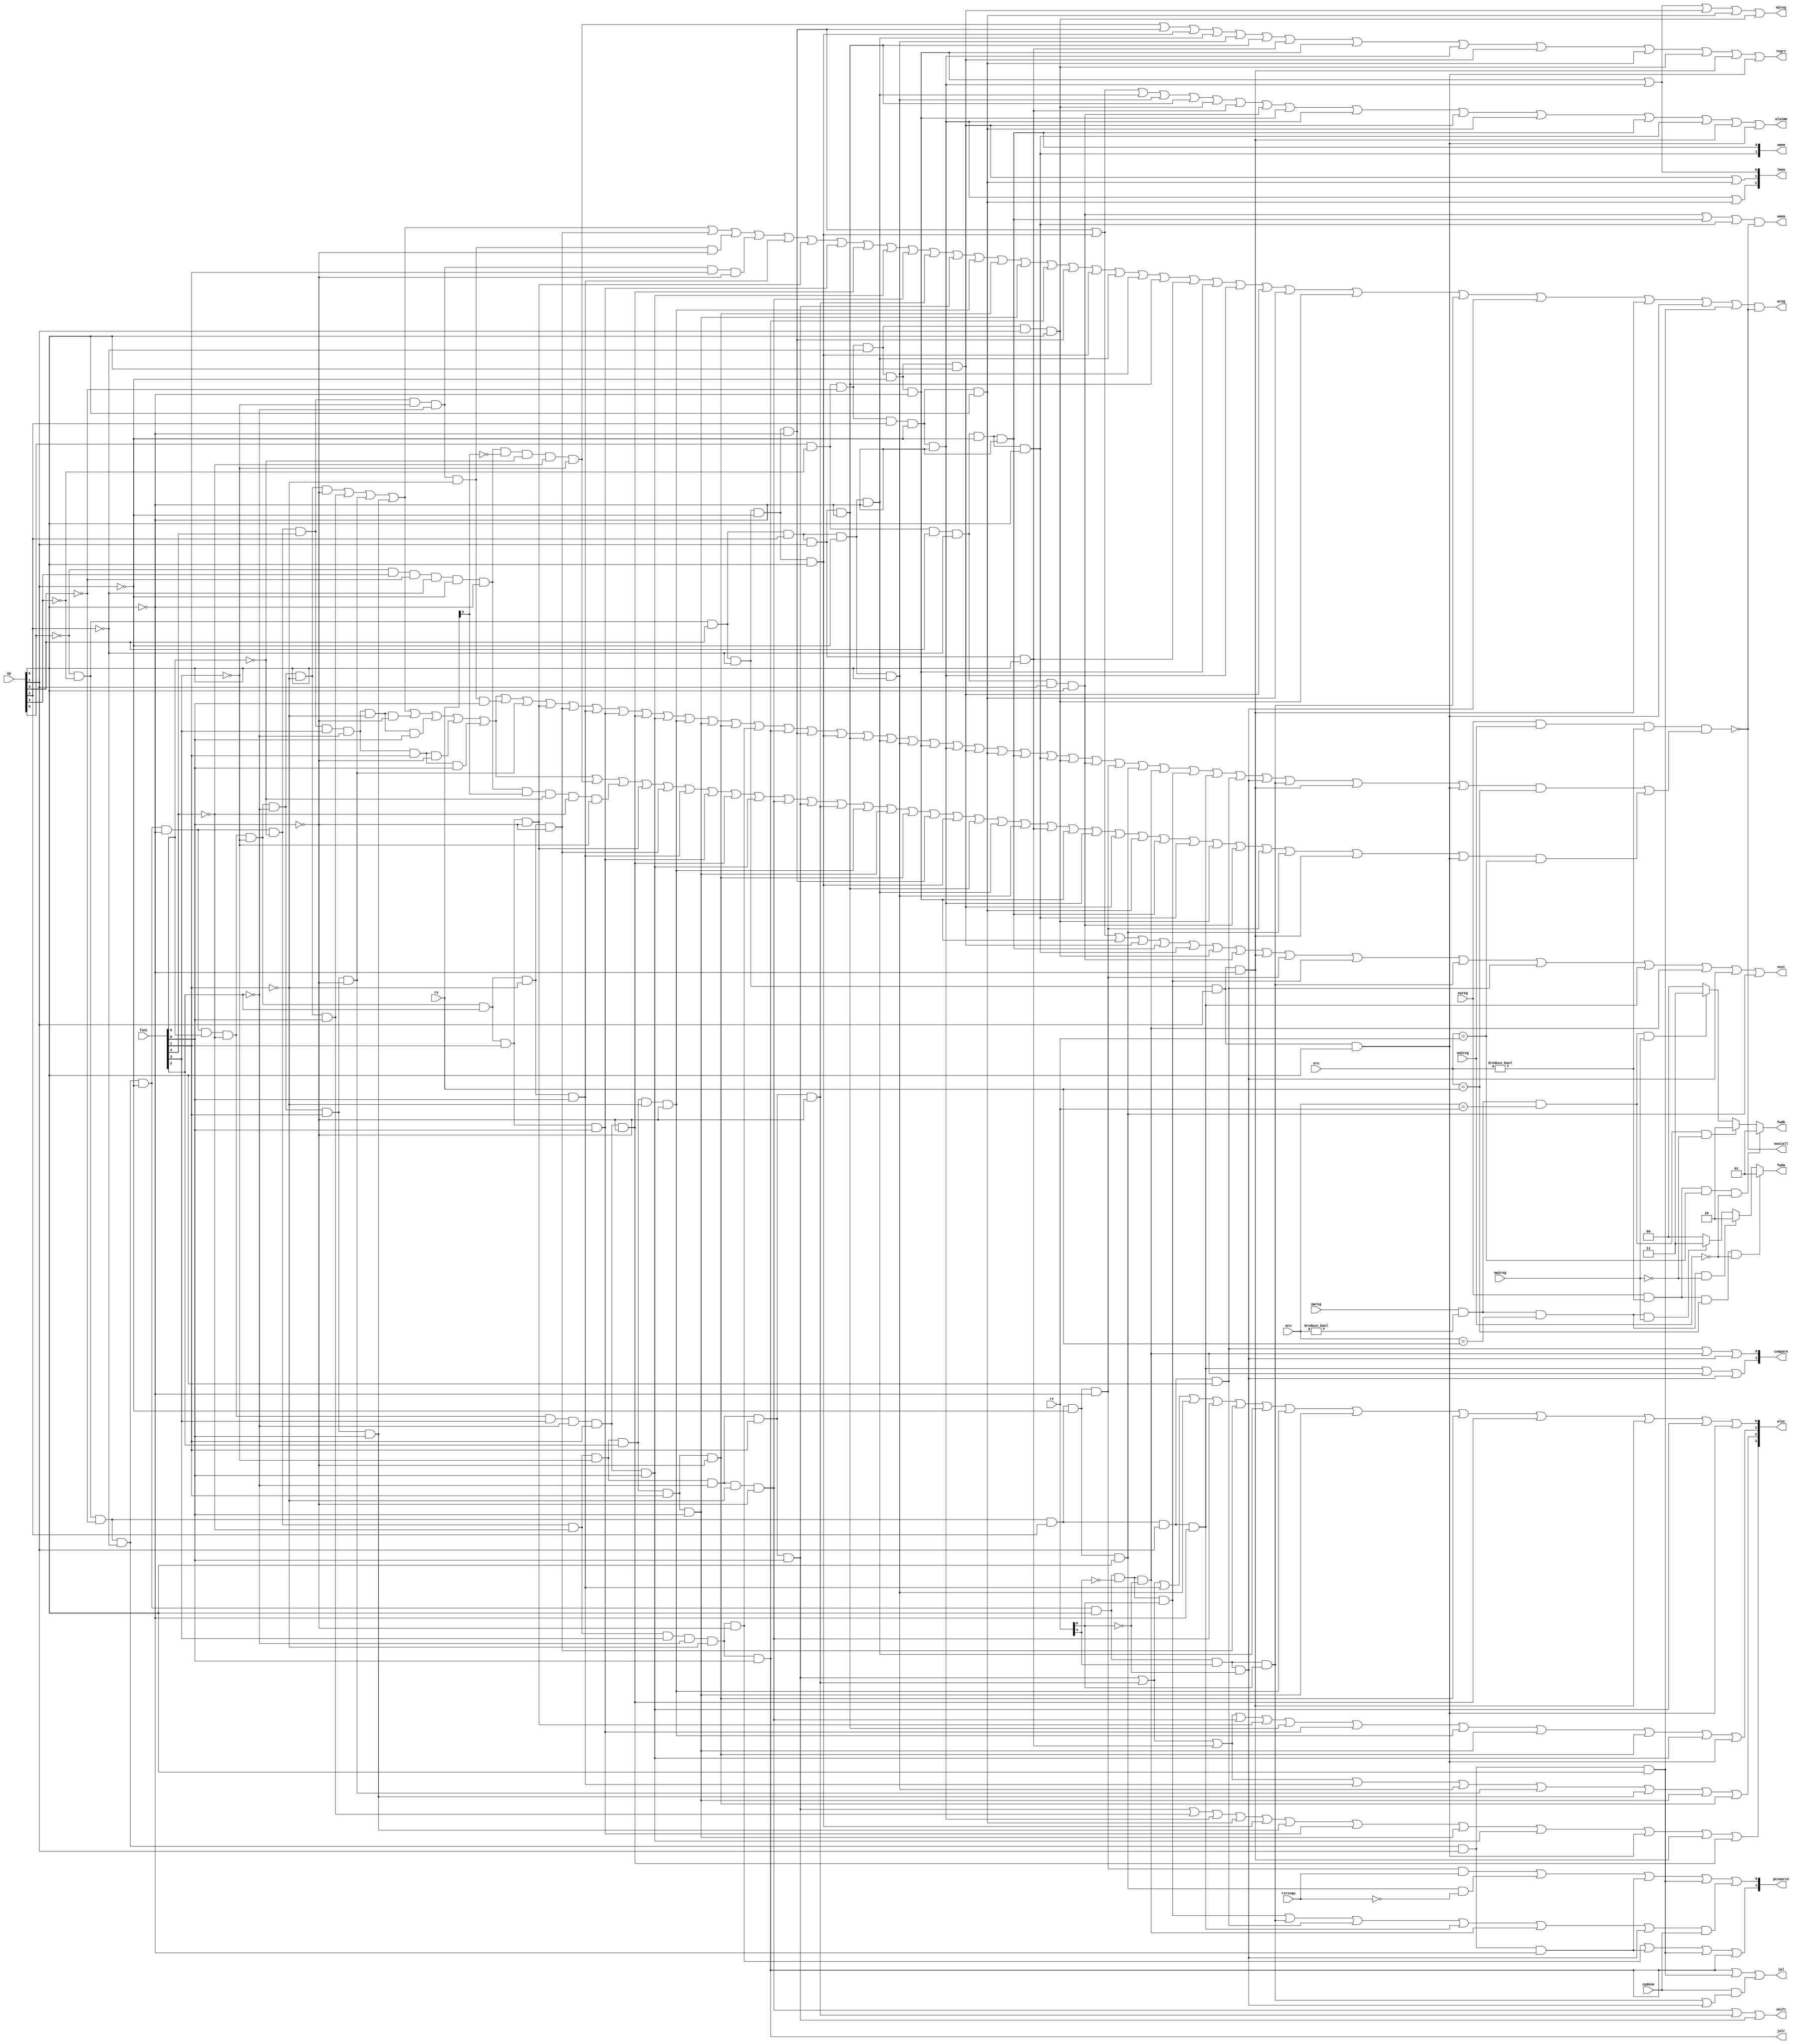
`timescale 1ns / 1ps
//////////////////////////////////////////////////////////////////////////////////
// Company: 
// Engineer: 
// 
// Design Name: 
// Module Name: pipeidcu
// Project Name: 
// Target Devices: 
// Tool Versions: 
// Description: 
// 
// Dependencies: 
// 
// Revision:
// Revision 0.01 - File Created
// Additional Comments:
// 
//////////////////////////////////////////////////////////////////////////////////


module pipeidcu(mwreg,mrn,ern,ewreg,em2reg,mm2reg,rsrtequ,func,op,rs,rt,
wreg,m2reg,wmem,aluc,regrt,aluimm,fwda,fwdb,nostall,sext,pcsource,shift,jal,jalr,
compare,cpdone,lmem,smem);

input mwreg,ewreg,em2reg,mm2reg,rsrtequ;
input [4:0] mrn,ern,rs,rt;
input [5:0] func,op;
output wreg,m2reg,wmem,regrt,aluimm,sext,shift,jal;
//the jalr
output jalr;
output [3:0] aluc;
output [1:0] pcsource;
output [1:0] fwda,fwdb;//foewarding
output nostall; //stall pipeline due to lw dependent

output [1:0] compare;//use to compare the value
input cpdone;//use to judge whether the compare is successful

output [2:0] lmem;// get bit
output [1:0] smem;//save bit


reg [1:0] fwda,fwdb;
//R
wire r_type,i_add,i_addu,i_sub,i_subu,i_and,
i_mult,i_multu,i_div,i_divu,i_mfhi,i_mflo,i_mthi,i_mtlo,i_mfc0,i_mtc0,
i_or,i_xor,i_nor,i_slt,i_sltu,i_sll,i_srl,i_sra,i_sllv,i_srlv,i_srav,i_jr,
i_jalr,i_break,i_syscall,i_eret;
//I
wire i_addi,i_addiu,i_andi,i_ori,i_xori,i_lb,i_lbu,i_lh,i_lhu,i_sb,i_sh,i_lw,i_sw,i_beq,i_bne,i_lui,
i_bltz,i_bgez,i_blez,i_bgtz,i_bltzal,i_bgezal,i_slti,i_sltiu;
//J
wire i_j,i_jal;
//R-TYPE
and(r_type,~op[5],~op[4],~op[3],~op[2],~op[1],~op[0]);
and(i_add,r_type,func[5],~func[4],~func[3],~func[2],~func[1],~func[0]);//100000
and(i_addu,r_type,func[5],~func[4],~func[3],~func[2],~func[1], func[0]);//100001
and(i_sub,r_type,func[5],~func[4],~func[3],~func[2], func[1],~func[0]);//100010
and(i_subu,r_type,func[5],~func[4],~func[3],~func[2], func[1], func[0]);//100011
and(i_mult,r_type,~func[5], func[4], func[3],~func[2],~func[1],~func[0]);//011000
and(i_multu,r_type,~func[5], func[4], func[3],~func[2],~func[1], func[0]);//011001
and(i_div,r_type,~func[5], func[4], func[3],~func[2], func[1],~func[0]);//011010
and(i_divu,r_type,~func[5], func[4], func[3],~func[2], func[1], func[0]);//011011
and(i_mfhi,r_type,~func[5], func[4],~func[3],~func[2],~func[1],~func[0]);//010000
and(i_mflo,r_type,~func[5], func[4],~func[3],~func[2], func[1],~func[0]);//010010
and(i_mthi,r_type,~func[5], func[4],~func[3],~func[2],~func[1], func[0]);//010001
and(i_mtlo,r_type,func[5],~func[4],~func[3],~func[2], func[1],~func[0]);//010011
and(i_mfc0,~op[5], op[4],~op[3],~op[2],~op[1],~op[0],~rs[2],~func[5],~func[4],~func[3]);//op = 010000 000sel
and(i_mtc0,~op[5], op[4],~op[3],~op[2],~op[1],~op[0],rs[2],~func[5],~func[4],~func[3]);//op = 010000 000sel
and(i_xor,r_type,func[5],~func[4],~func[3], func[2], func[1],~func[0]);//100110
and(i_and,r_type,func[5],~func[4],~func[3], func[2],~func[1],~func[0]);//100100
and(i_or,r_type,func[5],~func[4],~func[3], func[2],~func[1], func[0]);//100101
and(i_nor,r_type,func[5],~func[4],~func[3], func[2], func[1], func[0]);//100111
and(i_slt,r_type, func[5],~func[4], func[3],~func[2], func[1],~func[0]);//101010
and(i_sltu,r_type, func[5],~func[4], func[3],~func[2], func[1], func[0]);//101011
and(i_sll,r_type,~func[5],~func[4],~func[3],~func[2],~func[1],~func[0]);//000000
and(i_sra,r_type,~func[5],~func[4],~func[3],~func[2], func[1], func[0]);//000011
and(i_srl,r_type,~func[5],~func[4],~func[3],~func[2], func[1],~func[0]);//000010
and(i_sllv,r_type,~func[5],~func[4],~func[3], func[2],~func[1],~func[0]);//000100
and(i_srav,r_type,~func[5],~func[4],~func[3], func[2], func[1], func[0]);//000111
and(i_srlv,r_type,~func[5],~func[4],~func[3], func[2], func[1],~func[0]);//000110
and(i_jr,r_type,~func[5],~func[4], func[3],~func[2],~func[1],~func[0]);//001000
and(i_jalr,r_type,~func[5],~func[4], func[3],~func[2],~func[1], func[0]);//001001
and(i_syscall,r_type,~func[5],~func[4], func[3], func[2],~func[1],~func[0]);//001100
and(i_break,r_type,~func[5],~func[4], func[3], func[2],~func[1], func[0]);//001101
and(i_eret,~op[5], op[4],~op[3],~op[2],~op[1],~op[0],~func[5], func[4], func[3],~func[2],~func[1],~func[0]);//010000 011000
//I-TYPE
and (i_addi,~op[5],~op[4], op[3],~op[2],~op[1],~op[0]);//001000
and (i_addiu,~op[5],~op[4], op[3],~op[2],~op[1], op[0]);//001001
and (i_xori,~op[5],~op[4], op[3], op[2], op[1],~op[0]);//001110
and (i_andi,~op[5],~op[4], op[3], op[2],~op[1],~op[0]);//001100
and (i_ori,~op[5],~op[4], op[3], op[2],~op[1], op[0]);//001101
and (i_lui,~op[5],~op[4], op[3], op[2], op[1], op[0]);//001111
and (i_lb, op[5],~op[4],~op[3],~op[2],~op[1],~op[0]);//100000
and (i_lbu, op[5],~op[4],~op[3], op[2],~op[1],~op[0]);//100100
and (i_lh, op[5],~op[4],~op[3],~op[2],~op[1], op[0]);//100001
and (i_lhu, op[5],~op[4],~op[3], op[2],~op[1], op[0]);//100101
and (i_sb, op[5],~op[4], op[3],~op[2],~op[1],~op[0]);//101000
and (i_sh, op[5],~op[4], op[3],~op[2],~op[1], op[0]);//101001
and (i_lw, op[5],~op[4],~op[3],~op[2], op[1], op[0]);//100011
and (i_sw, op[5],~op[4], op[3],~op[2], op[1], op[0]);//101011
and (i_beq,~op[5],~op[4],~op[3], op[2],~op[1],~op[0]);//000100
and (i_bne,~op[5],~op[4],~op[3], op[2],~op[1], op[0]);//000101
and (i_bltz,~op[5],~op[4],~op[3],~op[2],~op[1], op[0],~rt[4],~rt[0]);//000001,000000
and (i_bgez,~op[5],~op[4],~op[3],~op[2],~op[1], op[0],~rt[4], rt[0]);//000001,000001
and (i_blez,~op[5],~op[4],~op[3], op[2], op[1],~op[0]);//000110
and (i_bgtz,~op[5],~op[4],~op[3], op[2], op[1], op[0]);//000111
and (i_bltzal,~op[5],~op[4],~op[3],~op[2],~op[1], op[0], rt[4],~rt[0]);//000001,100000
and (i_bgezal,~op[5],~op[4],~op[3],~op[2],~op[1], op[0], rt[4], rt[0]);//000001,100001
and (i_slti,~op[5],~op[4], op[3],~op[2], op[1],~op[0]);//001010
and (i_sltiu,~op[5],~op[4], op[3],~op[2], op[1], op[0]);//001011
//J-TYPE
and (i_j,~op[5],~op[4],~op[3],~op[2], op[1],~op[0]);//000010
and (i_jal,~op[5],~op[4],~op[3],~op[2], op[1], op[0]);//000011

wire i_rs = i_add | i_addu | i_sub | i_subu | i_mult | i_multu | i_div | i_divu | i_mthi | 
i_mtlo | i_xor | i_and | i_or | i_nor | i_slt | i_sltu | i_sllv | i_srav | i_srlv |
i_jr | i_jalr | i_addi | i_addiu | i_xori | i_andi | i_ori | i_lb | i_lbu | i_lh | i_lhu | 
i_sb | i_sh | i_lw | i_sw | i_beq | i_bne | i_bltz | i_bgez | i_blez | i_bgtz | i_bltzal | 
i_bgezal | i_slti | i_sltiu ;
wire i_rt = i_add | i_addu | i_sub | i_subu | i_mult | i_multu | i_div | i_divu | i_mfc0 | 
i_mtc0 | i_xor | i_and | i_or | i_nor | i_slt | i_sltu | i_sll | i_sra | i_srl | i_sllv | 
i_srav | i_srlv | i_addi | i_addiu | i_xori | i_andi | i_ori | i_lui | i_lb | i_lbu | i_lh | 
i_lhu | i_sb | i_sh | i_lw | i_sw | i_beq | i_bne | i_slti | i_sltiu;
//whether there is a sign waiting to write into reg which may cause the conflict
//wpcir
assign nostall = ~(ewreg & em2reg & (ern != 0) & (i_rs & (ern == rs) | i_rt & (ern == rt)));

always @ (ewreg or mwreg or ern or mrn or em2reg or mm2reg or rs or rt)begin
         fwda = 2'b00;//default forward a: no hazards
         if (ewreg & (ern != 0) & (ern == rs) & ~em2reg) begin
              fwda = 2'b01;//select exe_alu
         end else begin
              if (mwreg & (mrn != 0) & (mrn == rs) & ~mm2reg) begin
                   fwda = 2'b10;//select mem_alu
              end else begin
                   if (mwreg & (mrn != 0) & (mrn == rs) & mm2reg) begin
                        fwda = 2'b11;//select mem_lw
                   end
              end
         end
         fwdb = 2'b00;//default forward b: no hazards
         if (ewreg & (ern != 0) & (ern == rt) & ~em2reg) begin
              fwdb = 2'b01;//select exe_alu
         end else begin
              if (mwreg & (mrn != 0) & (mrn == rt) & ~mm2reg) begin
                   fwdb = 2'b10;//select mem_alu
              end else begin
                   if (mwreg & (mrn != 0) & (mrn == rt) & mm2reg)begin
                         fwdb = 2'b11; //select mem_lw
                   end
              end
         end
end
//write the reg
assign wreg = (i_add | i_addu | i_sub | i_subu | i_and | i_mfhi | i_mflo | i_or | i_xor | 
i_nor | i_slt | i_sltu | i_sll | i_srl | i_sra | i_sllv | i_srlv | i_srav | i_jalr | 
i_addi | i_addiu | i_andi | i_ori | i_xori | i_lui | i_lb | i_lbu | i_lh | i_lhu | i_lw | 
i_bgezal | i_bltzal | i_slti | i_sltiu | i_jal) & nostall;
//write to rt rather than rd
assign regrt = i_mfc0 | i_addi | i_addiu | i_andi | i_ori | i_xori | i_lui | i_lb | i_lbu | 
i_lh | i_lhu |i_lw | i_slti | i_sltiu;
//write to $31
assign jal = i_jalr | i_jal | cpdone & (i_bgezal | i_bltzal);
//write to rd
assign jalr = i_jalr;
//find in the memory first
assign m2reg = i_lb | i_lbu | i_lh | i_lhu |i_lw;
//using the shamt
assign shift = i_sll | i_srl | i_sra;
//using the immediate or the offset(low 16)
assign aluimm = i_addi | i_addiu | i_andi | i_ori | i_xori | i_lw | i_lui | i_sw | i_lb | i_lbu | 
i_lh | i_lhu | i_sb | i_sh | i_slti | i_sltiu;
//need the operation of [sign-extend]
assign sext = i_addi | i_addiu | i_lb | i_lh | i_sb | i_sh | i_lw | i_sw | i_slti | i_beq | i_bgez |
i_bgezal | i_bgtz | i_blez | i_bltz | i_bltzal | i_bne;
//alu control

assign aluc [3] = i_sra | i_addu | i_lbu | i_lhu | i_addiu | i_subu | i_nor | i_srav |
 i_sltu | i_sltiu | i_slti | i_slt;
assign aluc [2] = i_sra | i_srl | i_lui | i_or | i_ori | i_sub | i_subu | i_srav | i_srlv;
assign aluc [1] = i_sra | i_srl | i_lui | i_sll | i_xor | i_xori | i_nor | i_sllv | i_srav | 
i_srlv | i_sltu | i_sltiu;
assign aluc [0] = i_sra | i_srl | i_or | i_ori | i_sll | i_and | i_andi | i_sllv | i_srav | 
i_srlv | i_slt | i_slti | i_sltu | i_sltiu;

assign wmem = (i_sw | i_sb | i_sh )& nostall;
//compare
assign compare [1] = i_blez | i_bltz | i_bltzal;
assign compare [0] = i_bgtz | i_bltz | i_bltzal;
assign pcsource [1] = i_jr | i_j | i_jal | i_jalr;
assign pcsource [0] = i_beq & rsrtequ | i_bne & ~rsrtequ | i_j | i_jal | 
((i_bgez | i_bgezal | i_bgtz | i_blez | i_bltz |i_bltzal) & cpdone);
//lmem and smem
assign lmem [0] = i_lb | i_lbu;
assign lmem [1] = i_lh | i_lhu;
assign lmem [2] = i_lbu | i_lhu;
assign smem [0] = i_sb;
assign smem [1] = i_sh;
endmodule